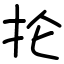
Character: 抡